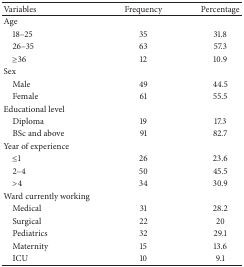
<table><thead><tr><td><b>Variables </b></td><td><b>Frequency</b></td><td><b>Percentage</b></td></tr></thead><tbody><tr><td>Age</td><td> </td><td> </td></tr><tr><td> 18–25</td><td>35</td><td>31.8</td></tr><tr><td> 26–35</td><td>63</td><td>57.3</td></tr><tr><td> ≥36</td><td>12</td><td>10.9</td></tr><tr><td>Sex</td><td> </td><td> </td></tr><tr><td> Male</td><td>49</td><td>44.5</td></tr><tr><td> Female</td><td>61</td><td>55.5</td></tr><tr><td>Educational level</td><td> </td><td> </td></tr><tr><td> Diploma</td><td>19</td><td>17.3</td></tr><tr><td> BSc and above</td><td>91</td><td>82.7</td></tr><tr><td>Year of experience</td><td> </td><td> </td></tr><tr><td> ≤1</td><td>26</td><td>23.6</td></tr><tr><td> 2–4</td><td>50</td><td>45.5</td></tr><tr><td> &gt;4</td><td>34</td><td>30.9</td></tr><tr><td>Ward currently working</td><td> </td><td> </td></tr><tr><td> Medical</td><td>31</td><td>28.2</td></tr><tr><td> Surgical</td><td>22</td><td>20</td></tr><tr><td> Pediatrics</td><td>32</td><td>29.1</td></tr><tr><td> Maternity</td><td>15</td><td>13.6</td></tr><tr><td> ICU</td><td>10</td><td>9.1</td></tr></tbody></table>